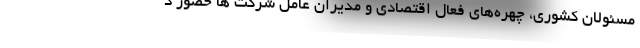
مسئولان کشوری، چهره‌های فعال اقتصادی و مدیران عامل شرکت ها حضور د